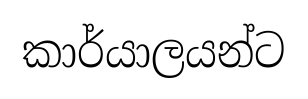
කාර්යාලයන්ට